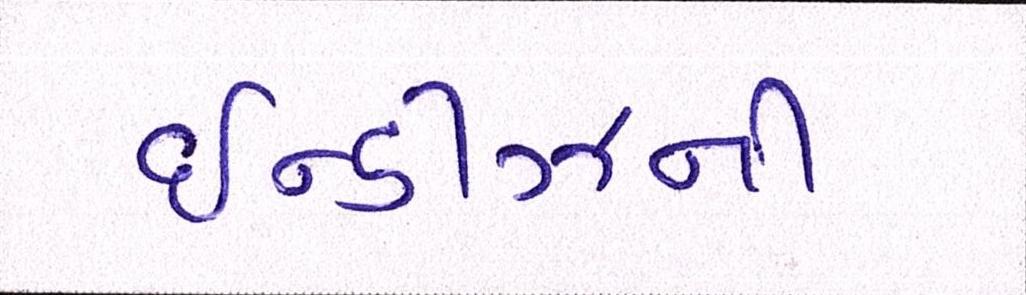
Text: ઇન્ડીઝની